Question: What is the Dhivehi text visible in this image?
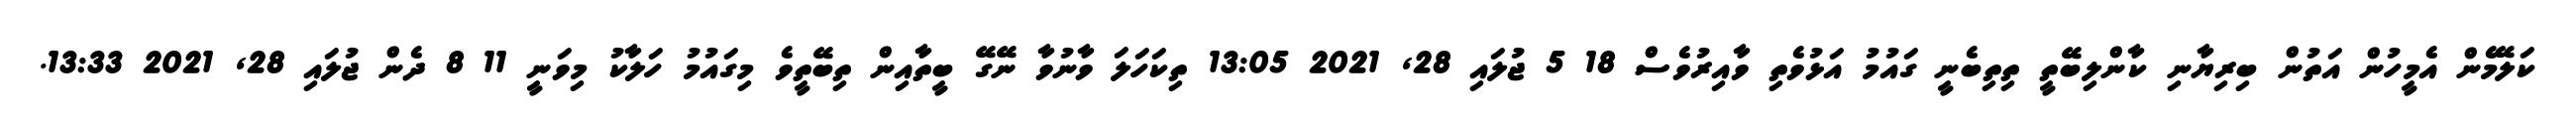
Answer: ކަލޭމެން އެމީހުން އަތުން ބިރިޔާނި ކާންލިބޭތީ ތިތިބެނީ ގައުމު އަޅުވެތި ވާއިރުވެސް 18 5 ޖުލައި 28, 2021 13:05 ތިކަހަލަ ވާނުވާ ނޭގޭ ބީތާއިން ތިބޭތީވެ މިގައުމު ހަލާކު މިވަނީ 11 8 ދެން ޖުލައި 28, 2021 13:33.